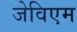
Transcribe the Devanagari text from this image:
जेविएम